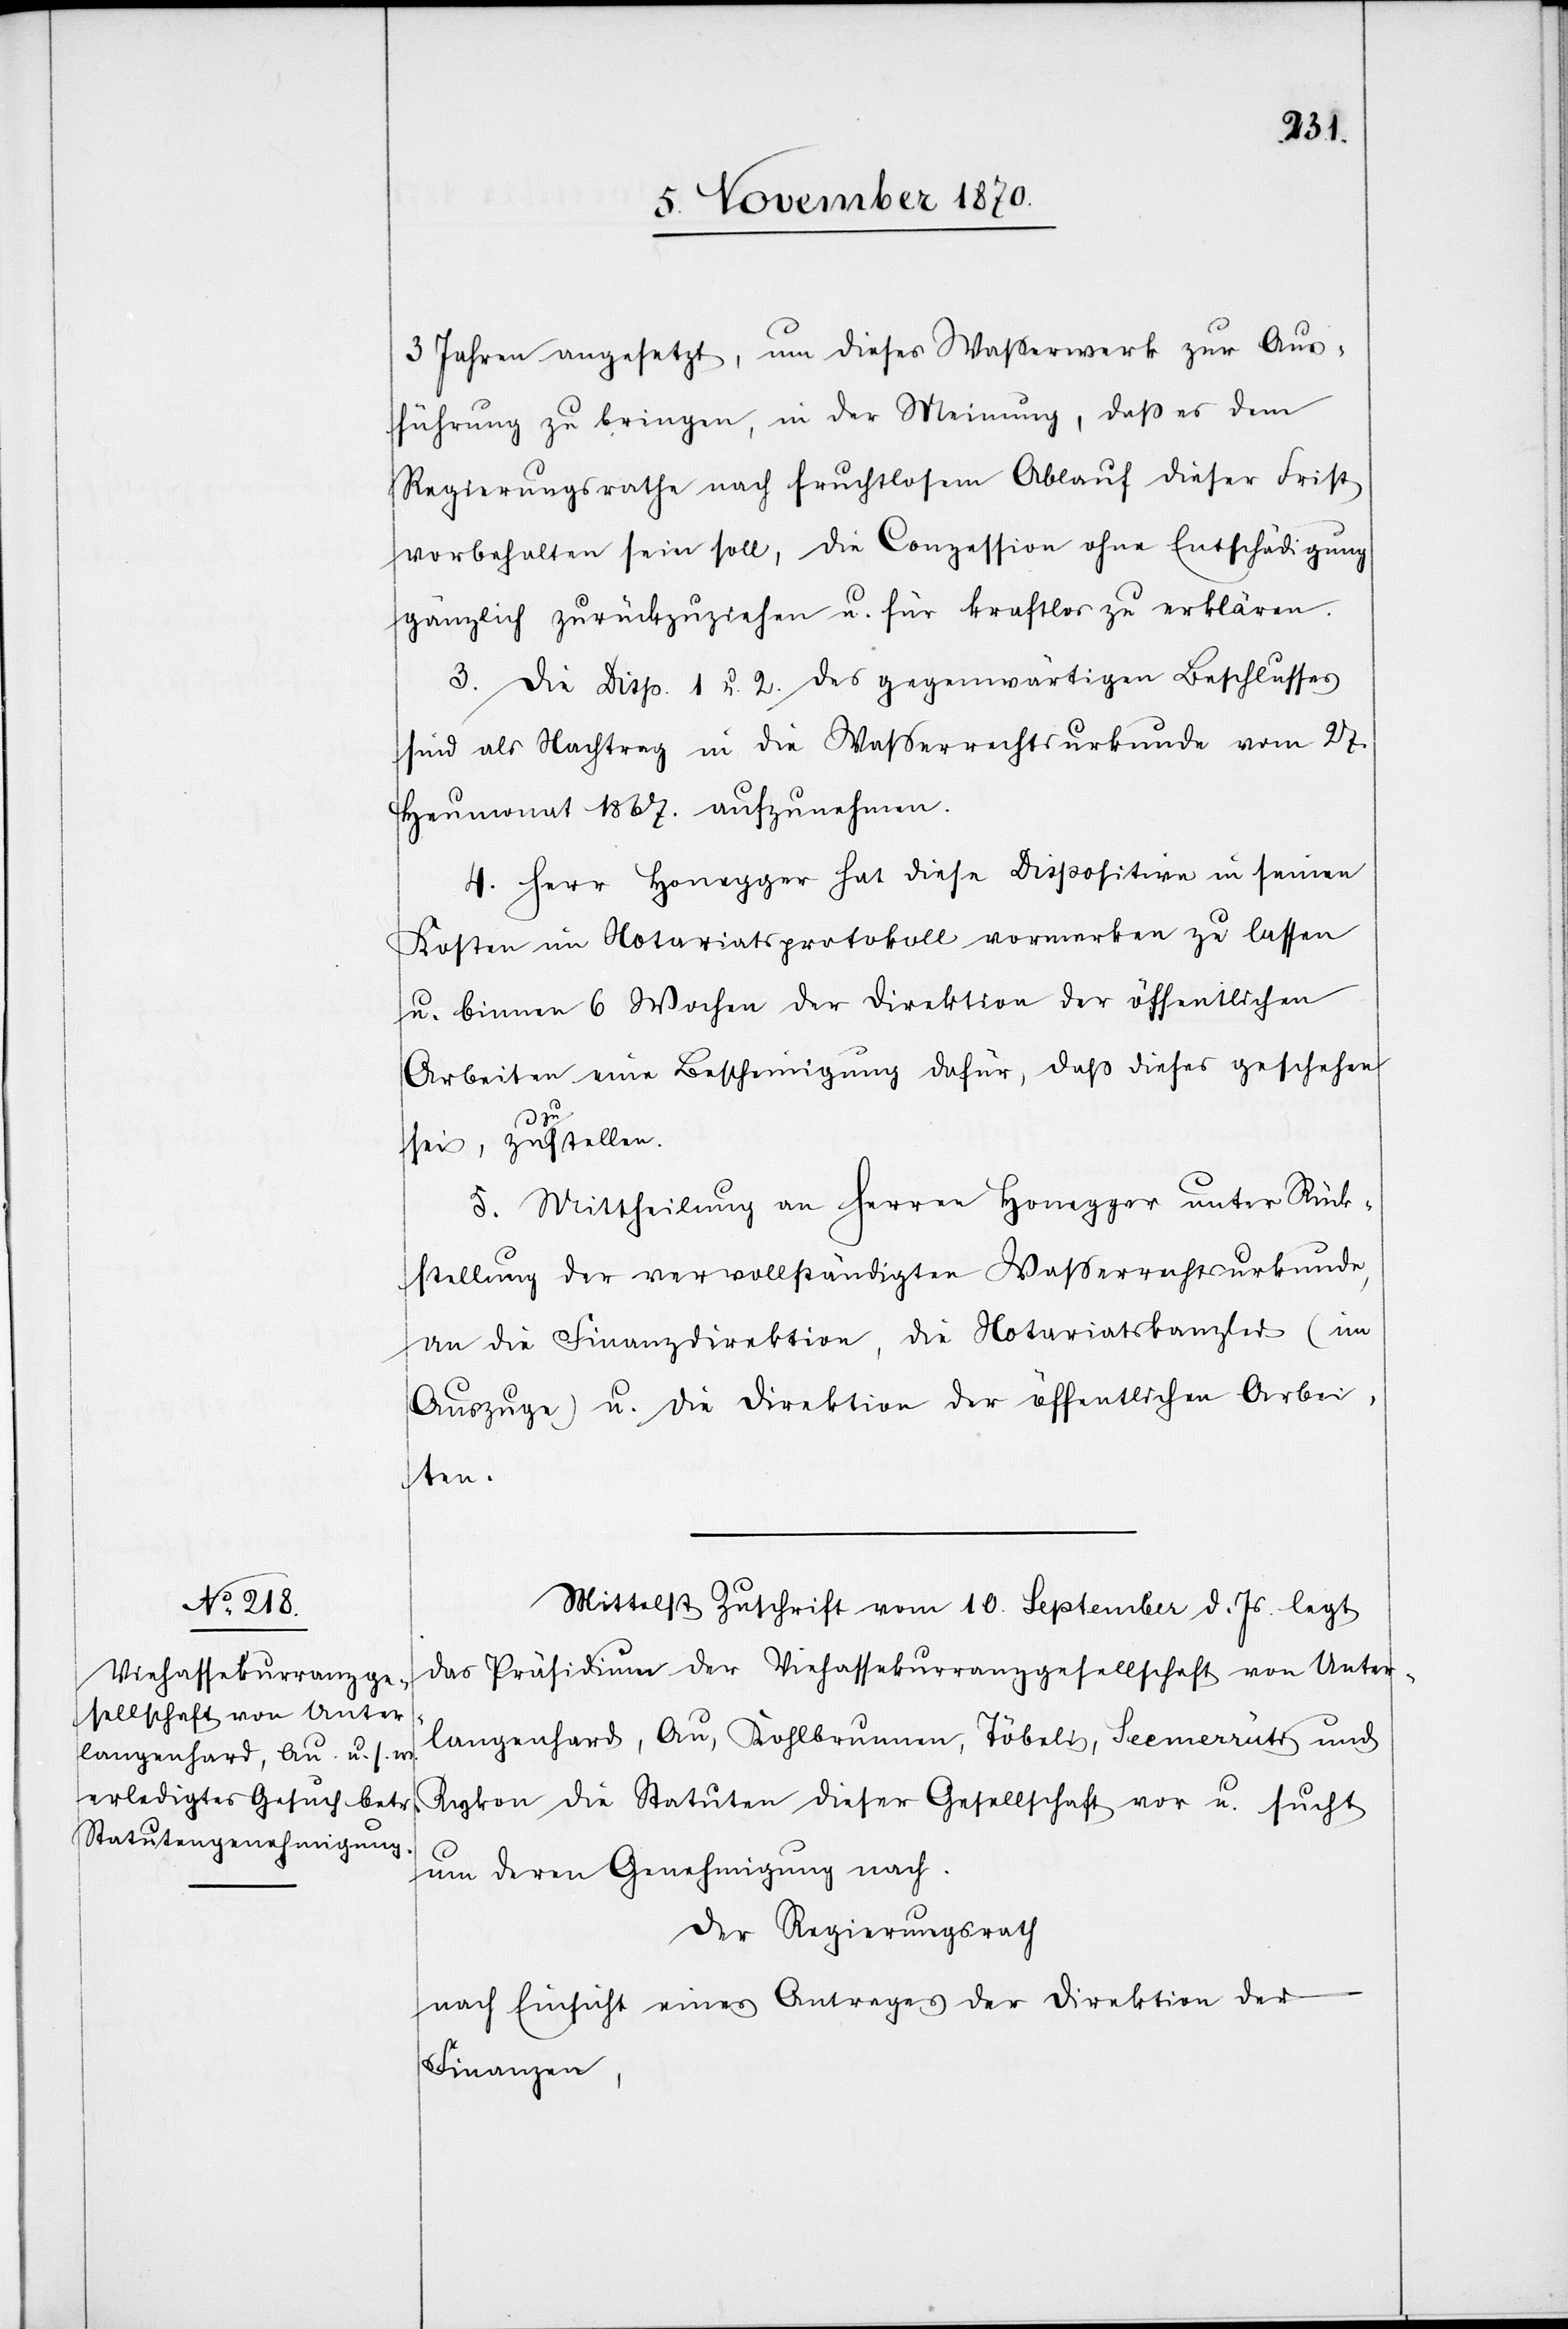
3 Jahren angesetzt, um dieses Waßerwerk zur Aus¬
führung zu bringen, in der Meinung, daß es dem
Regierungsrathe nach fruchtlosem Ablauf dieser Frist
vorbehalten sein soll, die Conzession ohne Entschädigung
gänzlich zurückzuziehen u. für kraftlos zu erklären.
3. Die Disp. 1 u. 2. des gegenwärtigen Beschlusses
sind als Nachtrag in die Waßerrechtsurkunde vom 27.
Heumonat 1867. aufzunehmen.
4. Herr Honegger hat diese Disposition in seinen
Kosten im Notariatsprotokoll vormerken zu lassen
u. binnen 6 Wochen der Direktion der öffentlichen
Arbeiten eine Bescheinigung dafür, daß dieses geschehen
u.
sei, zua-zu-astellen.
5. Mittheilung an Herren Honegger unter Rück¬
stellung der vervollständigten Waßerrechtsurkunde,
an die Finanzdirektion, die Notariatskanzlei (im
Auszuge) u. die Direktion der öffentlichen Arbei¬
ten.
Mittelst Zuschrift vom 10. September d. Js. legt
das Präsidium der Viehassekurranzgesellschaft von Unter¬
langenhard, Au, Kolbrunnen, Töbeli, Seemerrüti und
um deren Genehmigung nach.
Der Regierungsrath
nach Einsicht eines Antrages der Direktion der
Finanzen,